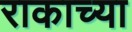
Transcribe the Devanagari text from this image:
राकाच्या